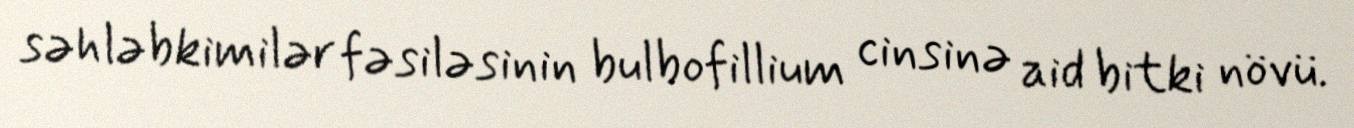
səhləbkimilər fəsiləsinin bulbofillium cinsinə aid bitki növü.